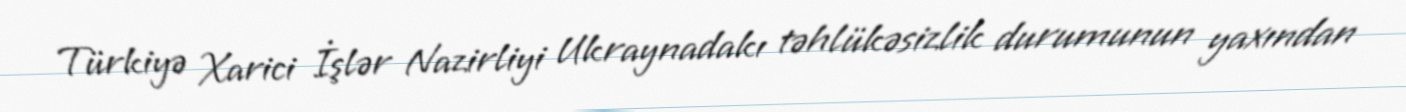
Türkiyə Xarici İşlər Nazirliyi Ukraynadakı təhlükəsizlik durumunun yaxından